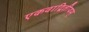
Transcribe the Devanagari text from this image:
एकवाद्वितीयम्